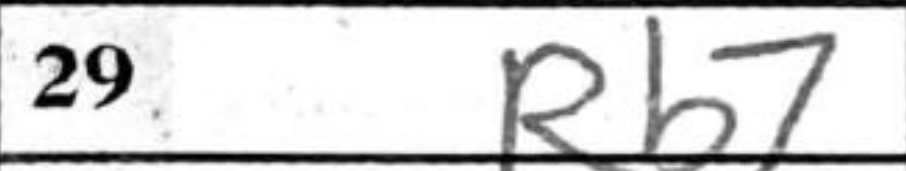
Transcription: Rb7